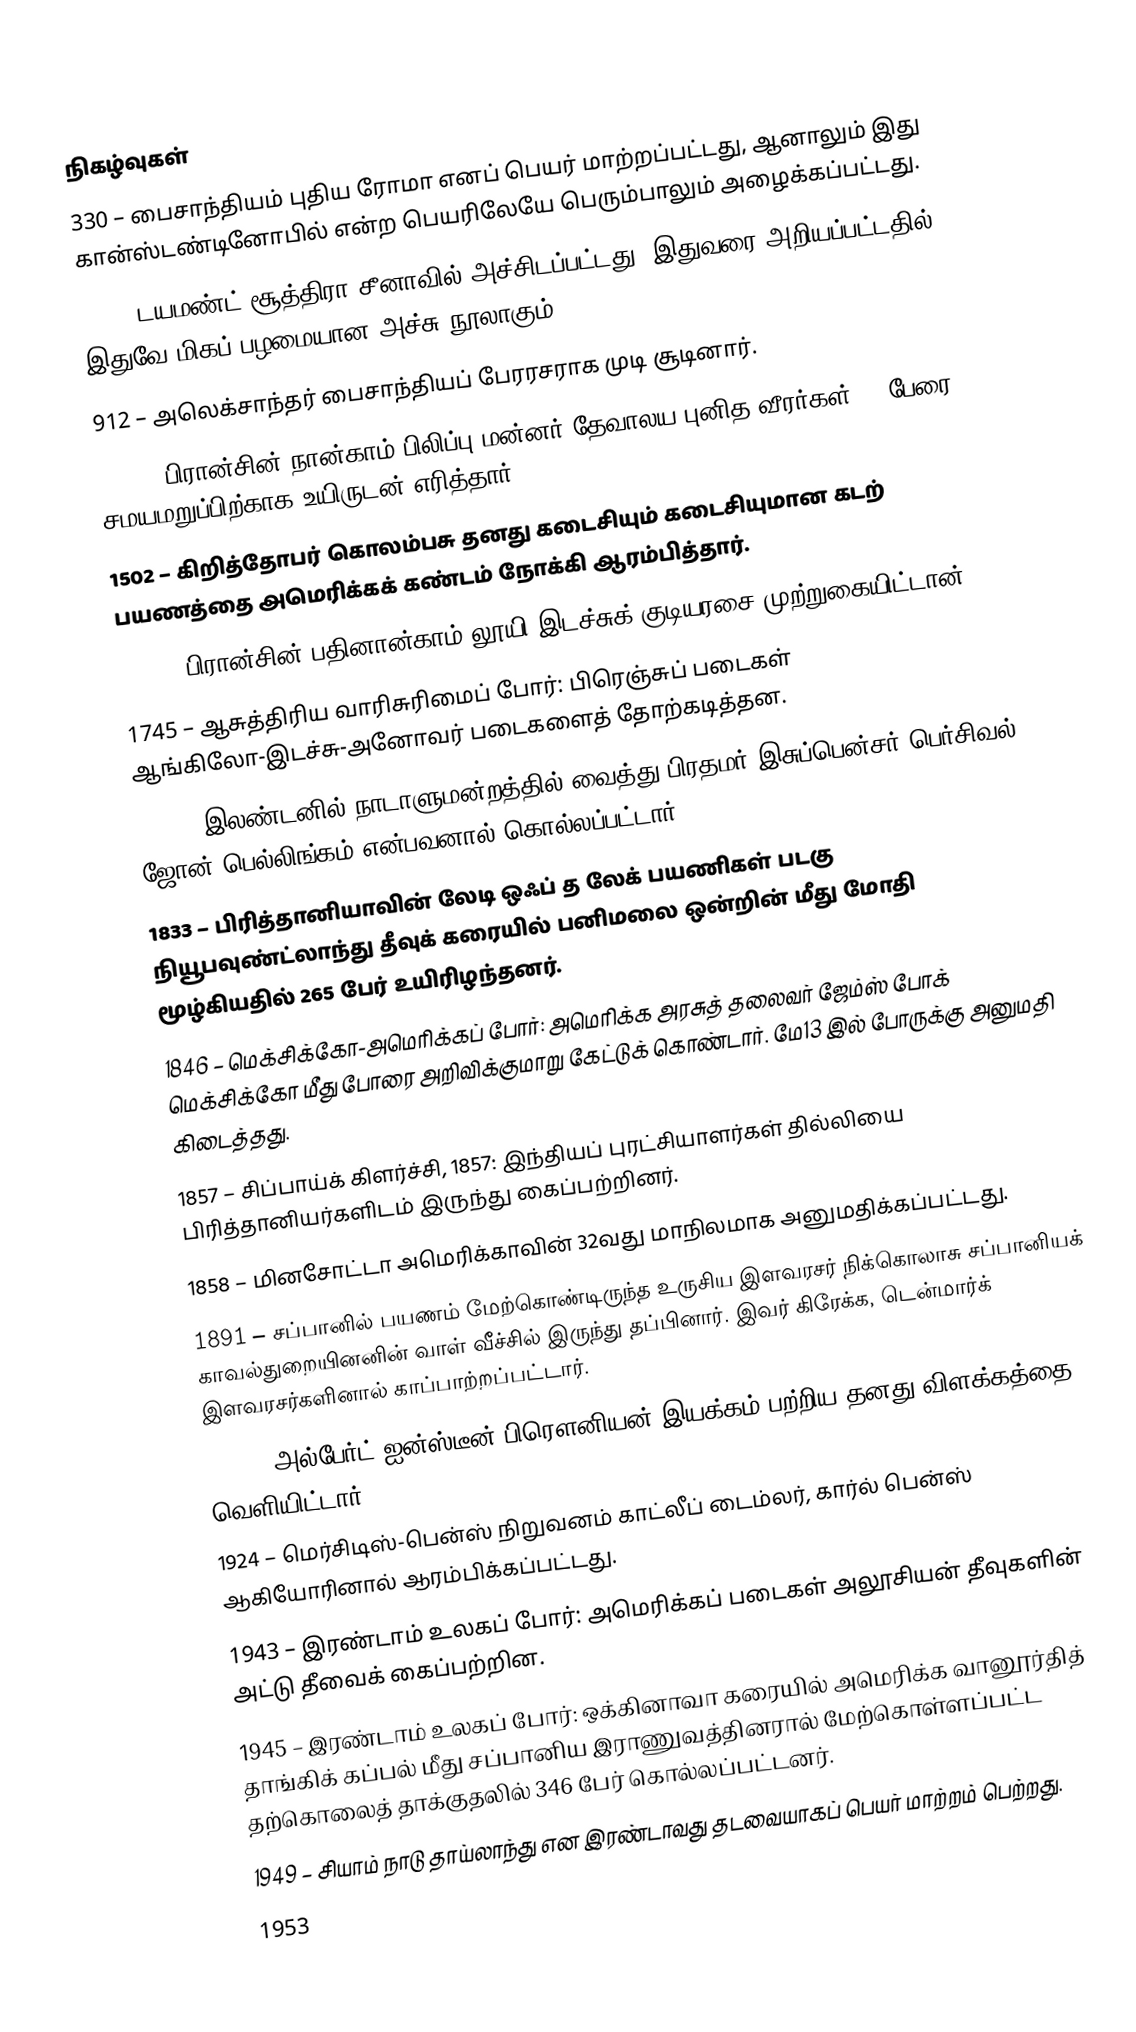

நிகழ்வுகள்
 330 – பைசாந்தியம் புதிய ரோமா எனப் பெயர் மாற்றப்பட்டது, ஆனாலும் இது கான்ஸ்டண்டினோபில் என்ற பெயரிலேயே பெரும்பாலும் அழைக்கப்பட்டது.
 868 – டயமண்ட் சூத்திரா சீனாவில் அச்சிடப்பட்டது. இதுவரை அறியப்பட்டதில் இதுவே மிகப் பழமையான அச்சு நூலாகும்.
 912 – அலெக்சாந்தர் பைசாந்தியப் பேரரசராக முடி சூடினார்.
1310 – பிரான்சின் நான்காம் பிலிப்பு மன்னர் தேவாலய புனித வீரர்கள் 54 பேரை சமயமறுப்பிற்காக உயிருடன் எரித்தார்.
1502 – கிறித்தோபர் கொலம்பசு தனது கடைசியும் கடைசியுமான கடற் பயணத்தை அமெரிக்கக் கண்டம் நோக்கி ஆரம்பித்தார்.
1672 – பிரான்சின் பதினான்காம் லூயி இடச்சுக் குடியரசை முற்றுகையிட்டான்.
1745 – ஆசுத்திரிய வாரிசுரிமைப் போர்: பிரெஞ்சுப் படைகள் ஆங்கிலோ-இடச்சு-அனோவர் படைகளைத் தோற்கடித்தன.
1812 – இலண்டனில் நாடாளுமன்றத்தில் வைத்து பிரதமர் இசுப்பென்சர் பெர்சிவல் ஜோன் பெல்லிங்கம் என்பவனால் கொல்லப்பட்டார்.
1833 – பிரித்தானியாவின் லேடி ஒஃப் த லேக் பயணிகள் படகு நியூபவுண்ட்லாந்து தீவுக் கரையில் பனிமலை ஒன்றின் மீது மோதி மூழ்கியதில் 265 பேர் உயிரிழந்தனர்.
1846 – மெக்சிக்கோ-அமெரிக்கப் போர்: அமெரிக்க அரசுத் தலைவர் ஜேம்ஸ் போக் மெக்சிக்கோ மீது போரை அறிவிக்குமாறு கேட்டுக் கொண்டார். மே13 இல் போருக்கு அனுமதி கிடைத்தது.
1857 – சிப்பாய்க் கிளர்ச்சி, 1857: இந்தியப் புரட்சியாளர்கள் தில்லியை பிரித்தானியர்களிடம் இருந்து கைப்பற்றினர்.
1858 – மினசோட்டா அமெரிக்காவின் 32வது மாநிலமாக அனுமதிக்கப்பட்டது.
1891 – சப்பானில் பயணம் மேற்கொண்டிருந்த உருசிய இளவரசர் நிக்கொலாசு சப்பானியக் காவல்துறையினனின் வாள் வீச்சில் இருந்து தப்பினார். இவர் கிரேக்க, டென்மார்க் இளவரசர்களினால் காப்பாற்றப்பட்டார்.
1905 – அல்பேர்ட் ஐன்ஸ்டீன் பிரௌனியன் இயக்கம் பற்றிய தனது விளக்கத்தை வெளியிட்டார்.
1924 – மெர்சிடிஸ்-பென்ஸ் நிறுவனம் காட்லீப் டைம்லர், கார்ல் பென்ஸ் ஆகியோரினால் ஆரம்பிக்கப்பட்டது.
1943 – இரண்டாம் உலகப் போர்: அமெரிக்கப் படைகள் அலூசியன் தீவுகளின் அட்டு தீவைக் கைப்பற்றின.
1945 – இரண்டாம் உலகப் போர்: ஒக்கினாவா கரையில் அமெரிக்க வானூர்தித் தாங்கிக் கப்பல் மீது சப்பானிய இராணுவத்தினரால் மேற்கொள்ளப்பட்ட தற்கொலைத் தாக்குதலில் 346 பேர் கொல்லப்பட்டனர்.
1949 – சியாம் நாடு தாய்லாந்து என இரண்டாவது தடவையாகப் பெயர் மாற்றம் பெற்றது.
1953